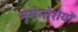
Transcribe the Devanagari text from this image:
नूमेनोरोयों